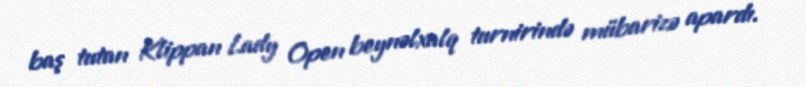
baş tutan Klippan Lady Open beynəlxalq turnirində mübarizə apardı.